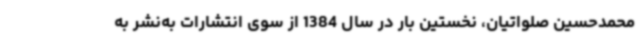
محمدحسین صلواتیان، نخستین بار در سال 1384 از سوی انتشارات به‌نشر به